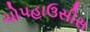
ચોપહાઉસીસ